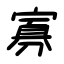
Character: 寡